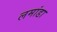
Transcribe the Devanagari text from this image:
लमांडा